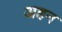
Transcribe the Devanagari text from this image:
अहन